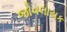
જોવલાયક